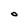
Character: O